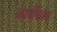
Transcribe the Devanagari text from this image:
कार्यधिक्य